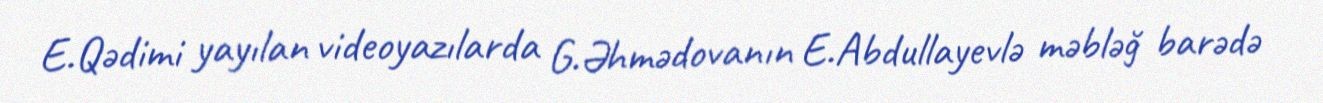
E.Qədimi yayılan videoyazılarda G.Əhmədovanın E.Abdullayevlə məbləğ barədə